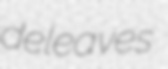
deleaves